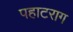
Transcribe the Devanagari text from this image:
पहाटराग